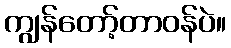
ကျွန်တော့်တာဝန်ပဲ။